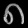
Digit: ၈